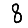
Digit: 8